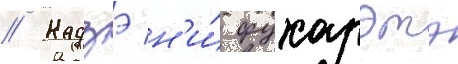
// Кадзэ н'и́ фукарэтэ